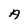
Character: A